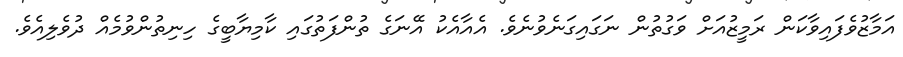
އަމާޒުވެފައިވާކަން ރަމީޒުއަށް ވަގުތުން ނަގައިގަނެވުނެވެ. އެއާއެކު އޭނަގެ ތުންފަތުގައި ކާމިޔާބީގެ ހިނިތުންވުމެއް ދުވެލިއެވެ.